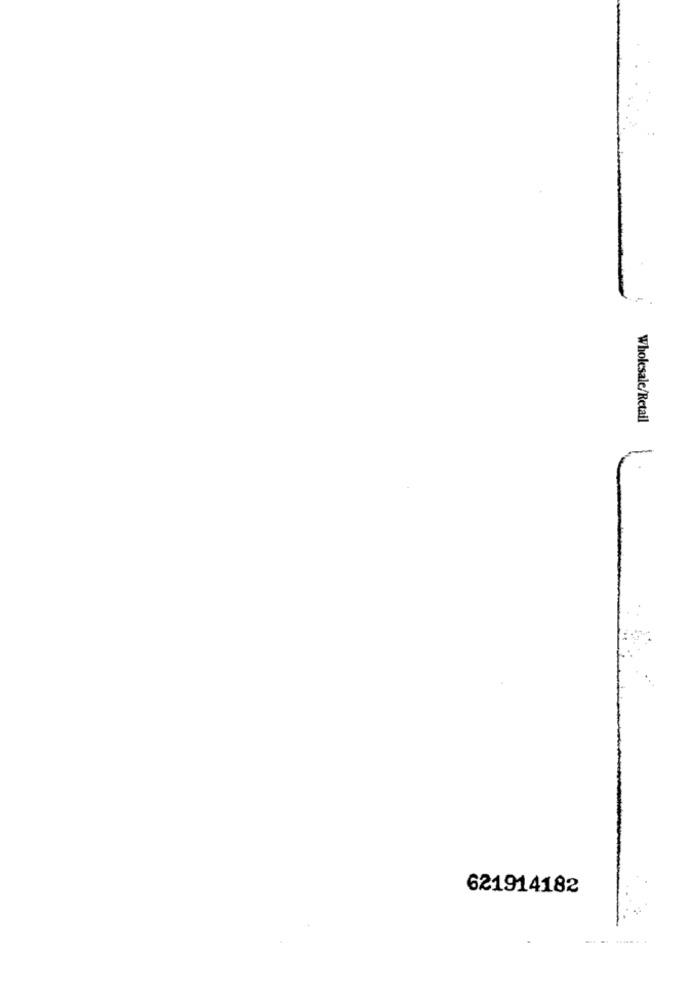
Wholesale/Retail
621914182